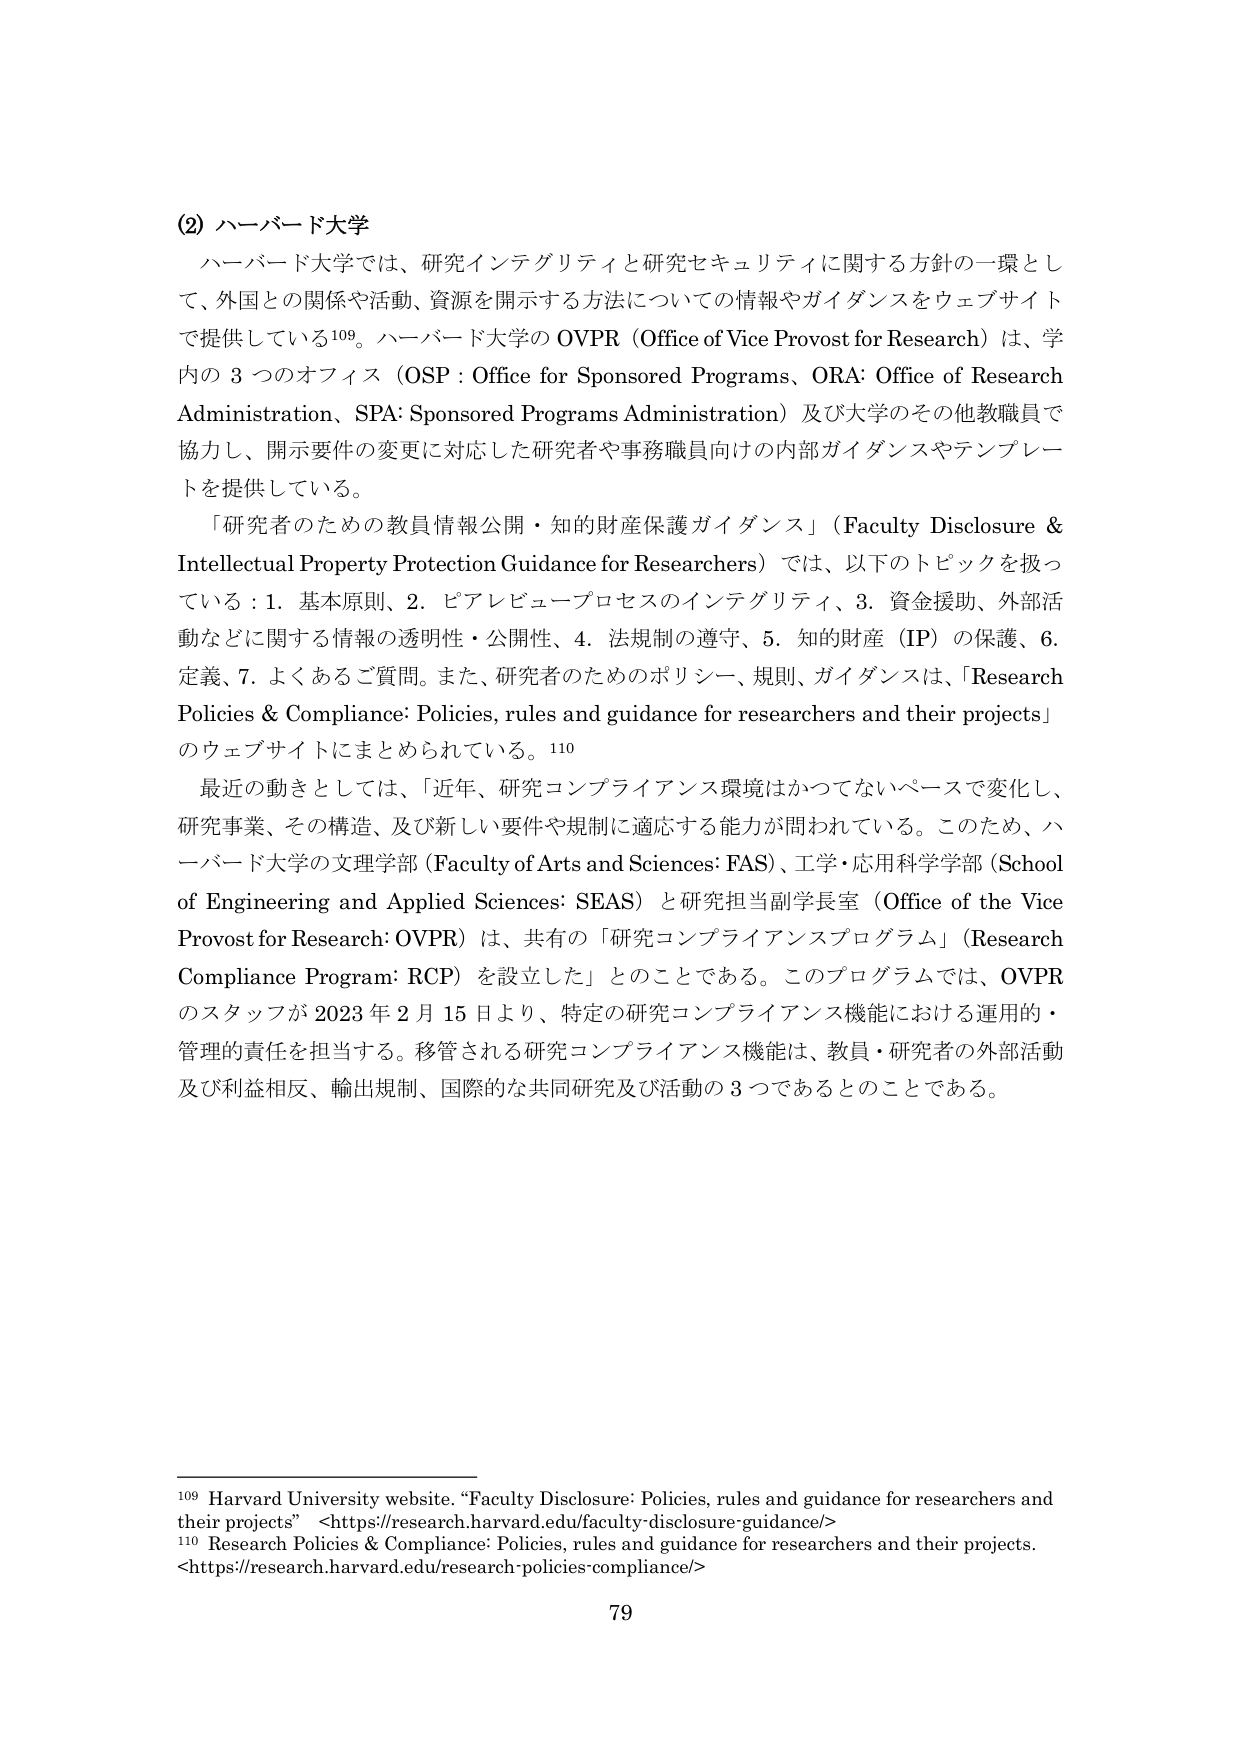
(2) ハーバード大学
ハーバード大学では、研究インテグリティと研究セキュリティに関する方針の一環として、外国との関係や活動、資源を開示する方法についての情報やガイダンスをウェブサイトで提供している109。ハーバード大学の OVPR（Office of Vice Provost for Research）は、学内の 3 つのオフィス（OSP: Office for Sponsored Programs、ORA: Office of Research Administration、SPA: Sponsored Programs Administration）及び大学のその他教職員で協力し、開示要件の変更に対応した研究者や事務職員向けの内部ガイダンスやテンプレートを提供している。

「研究者のための教員情報公開・知的財産保護ガイダンス」（Faculty Disclosure & Intellectual Property Protection Guidance for Researchers）では、以下のトピックを扱っている：1. 基本原則、2. ピアレビュー・プロセスのインテグリティ、3. 資金援助、外部活動などに関する情報の透明性・公開性、4. 法規制の遵守、5. 知的財産（IP）の保護、6. 定義、7. よくあるご質問。また、研究者のためのポリシー、規則、ガイダンスは、「Research Policies & Compliance: Policies, rules and guidance for researchers and their projects」のウェブサイトにまとめられている。110

最近の動きとしては、「近年、研究コンプライアンス環境はかつてないペースで変化し、研究事業、その構造、及び新しい要件や規制に適応する能力が問われている。このため、ハーバード大学の文理学部（Faculty of Arts and Sciences: FAS）、工学・応用科学学部（School of Engineering and Applied Sciences: SEAS）と研究担当副学長室（Office of the Vice Provost for Research: OVPR）は、共有の「研究コンプライアンスプログラム」（Research Compliance Program: RCP）を設立した」とのことである。このプログラムでは、OVPR のスタッフが 2023 年 2 月 15 日より、特定の研究コンプライアンス機能における運用的・管理的責任を担当する。移管される研究コンプライアンス機能は、教員・研究者の外部活動及び利益相反、輸出規制、国際的な共同研究及び活動の 3 つであるとのことである。

109 Harvard University website. “Faculty Disclosure: Policies, rules and guidance for researchers and their projects” <https://research.harvard.edu/faculty-disclosure-guidance/>
110 Research Policies & Compliance: Policies, rules and guidance for researchers and their projects. <https://research.harvard.edu/research-policies-compliance/>
79